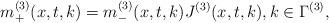
LaTeX: \begin{align*} m^{(3)}_{+}(x,t,k)=m^{(3)}_{-}(x,t,k)J^{(3)}(x,t,k), k\in\Gamma^{(3)}, \end{align*}